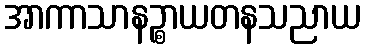
အာကာသာနဉ္စာယတနသညာယ